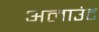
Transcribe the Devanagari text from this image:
अलाउंट